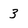
Character: 3